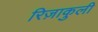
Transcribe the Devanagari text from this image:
रिज़ाकुली